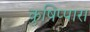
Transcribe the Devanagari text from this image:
कुष़िप्पारा